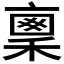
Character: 𥠤